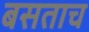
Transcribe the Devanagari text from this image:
बसताच